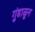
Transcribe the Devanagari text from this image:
गुंडाळुन